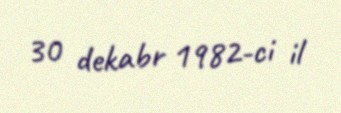
30 dekabr 1982-ci il